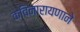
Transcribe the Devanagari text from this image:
कविनारायणाने